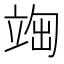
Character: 𥪃